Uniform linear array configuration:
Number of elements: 8
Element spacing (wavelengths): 0.25
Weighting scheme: binomial
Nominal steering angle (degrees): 30
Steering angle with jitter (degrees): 28.987
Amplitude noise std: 0.05
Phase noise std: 0.05

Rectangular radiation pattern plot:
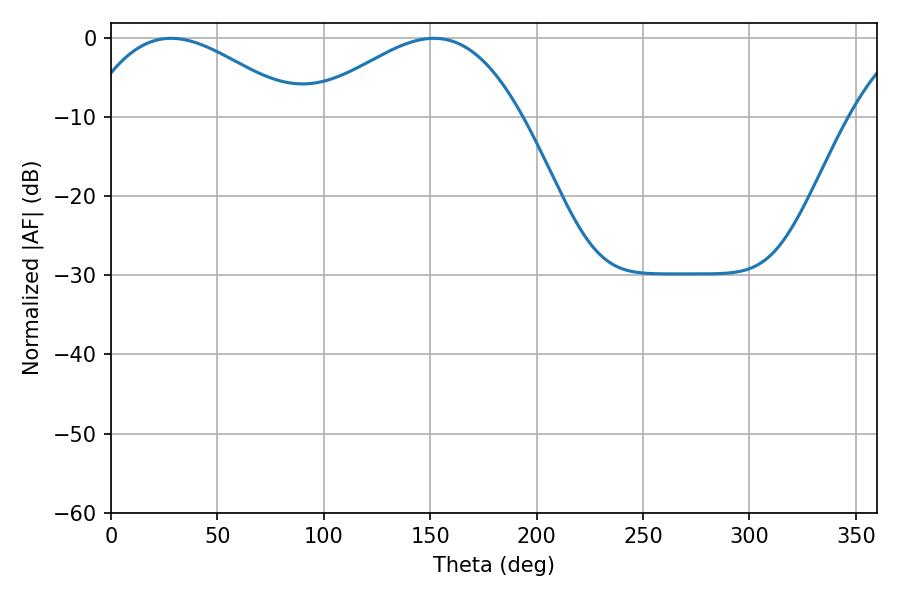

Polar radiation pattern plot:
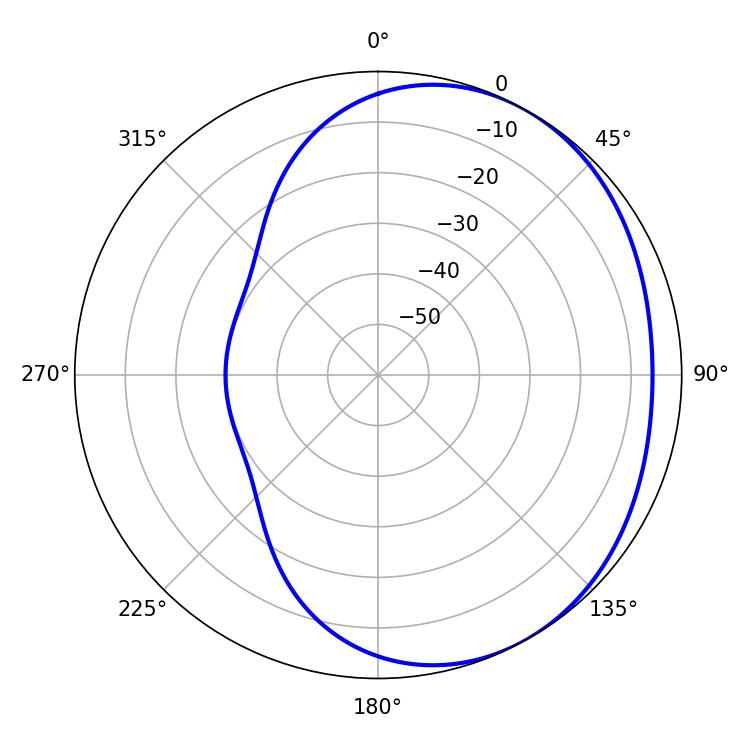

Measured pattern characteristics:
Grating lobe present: FALSE
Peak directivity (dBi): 2.626
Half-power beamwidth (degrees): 54.54
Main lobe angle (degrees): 28.26